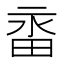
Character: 𭻑